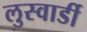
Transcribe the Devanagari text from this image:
लुस्वार्डी